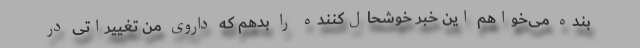
بنده می‌خواهم این خبر خوشحال‌کننده را بدهم که داروی من تغییراتی در